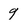
Character: 9